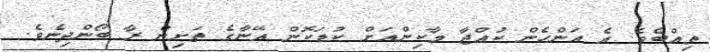
ތިއްބެވެ. އެ އަންހެން ކުއްޖާ މާކިންއަށް ކުޑަކޮން އޭނާގެ ތަށިން ރާ ބޯންދިނެވެ.